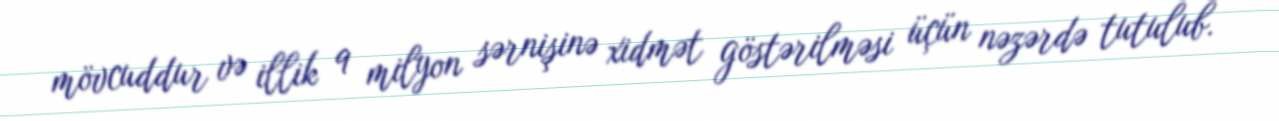
mövcuddur və illik 9 milyon sərnişinə xidmət göstərilməsi üçün nəzərdə tutulub.